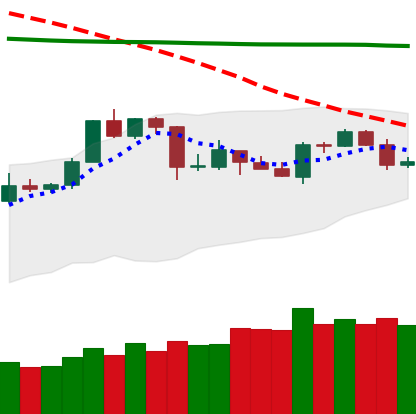
Ticker: TRX-USD
Chart end date: 2020-04-21
Forward return: 13.237%
Label: up_7plus